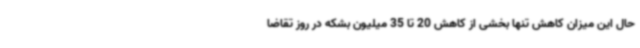
حال این میزان کاهش تنها بخشی از کاهش 20 تا 35 میلیون بشکه در روز تقاضا